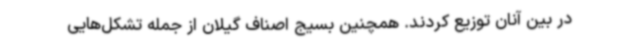
در بین آنان توزیع کردند. همچنین بسیج اصناف گیلان از جمله تشکل‌هایی